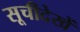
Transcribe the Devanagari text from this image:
सूचीदेखें